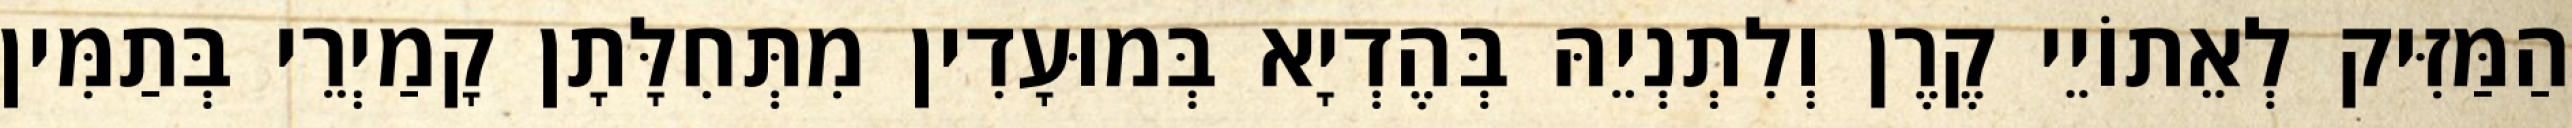
הַמַּזִּיק לְאֵתוֹיֵי קֶרֶן וְלִתְנְיֵהּ בְּהֶדְיָא בְּמוּעָדִין מִתְּחִלָּתָן קָמַיְרֵי בְּתַמִּין